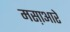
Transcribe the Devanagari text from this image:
मस़ाआरे